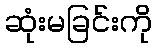
ဆုံးမခြင်းကို